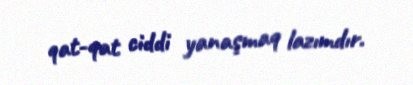
qat-qat ciddi yanaşmaq lazımdır.